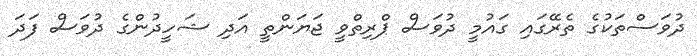
ދުވަސްތަކުގެ ތެރޭގައި ގައުމީ ދުވަސް ޕްރިތްވީ ޖަޔަންތީ އަދި ޝަހީދުންގެ ދުވަސް ފަދަ